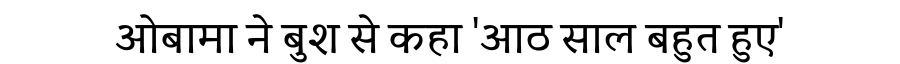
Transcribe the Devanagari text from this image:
ओबामा ने बुश से कहा 'आठ साल बहुत हुए'